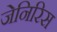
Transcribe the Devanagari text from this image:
जेनिरिस